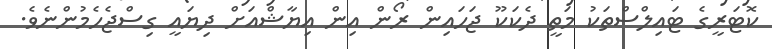
ކޮޓަރީގެ ޓައިލްސްތަކު މަތީ ދެކަކޫ ޖަހައިން ރޯން އިން އިޔާޝްއަށް ދިޔައީ ގިސްޖެހެމުންނެވެ.